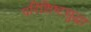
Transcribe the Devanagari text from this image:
परिशिष्टसुद्धा